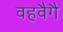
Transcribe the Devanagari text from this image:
वहवैगै